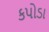
કપોડા